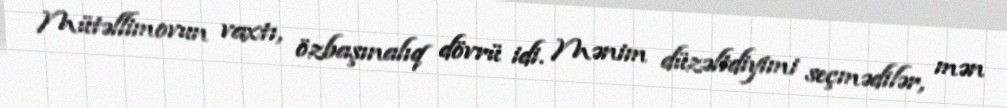
Mütəllimovun vaxtı, özbaşınalıq dövrü idi. Mənim düzəltdiyimi seçmədilər, mən